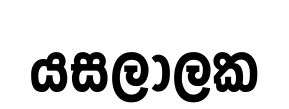
යසලාලක